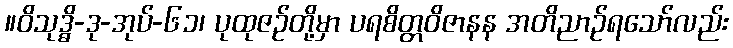
။ဝိသုဒ္ဓိ-ဒု-အုပ်-၆၁၊ ပုထုဇဉ်တို့မှာ ပရစိတ္တဝိဇာနန အတိညာဉ်ရသော်လည်း